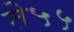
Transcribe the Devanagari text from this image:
ते५५